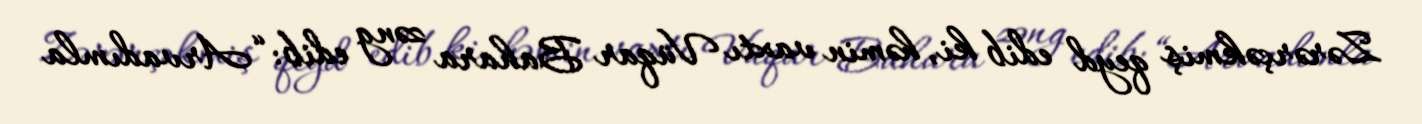
Zərərçəkmiş qeyd edib ki, həmin vaxtı Vüqar Bahara zəng edib: “Arvadımla